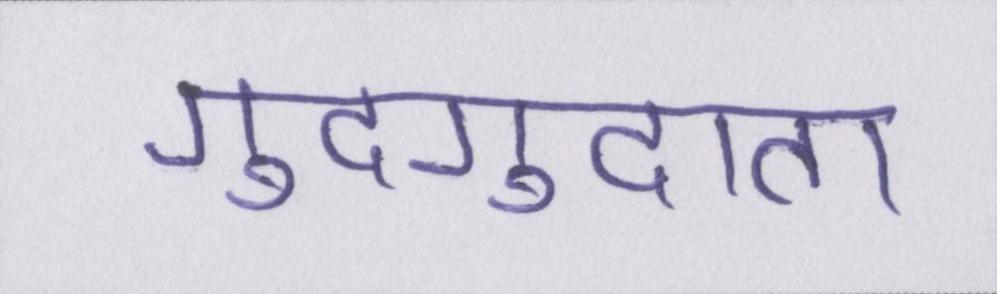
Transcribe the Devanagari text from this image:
गुदगुदाता